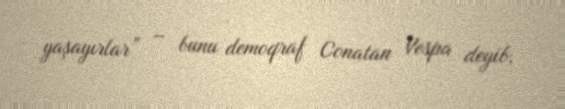
yaşayırlar” – bunu demoqraf Conatan Vespa deyib.